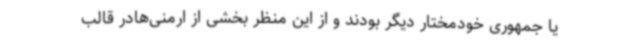
یا جمهوری خودمختار دیگر بودند و از این منظر بخشی از ارمنی‌هادر قالب